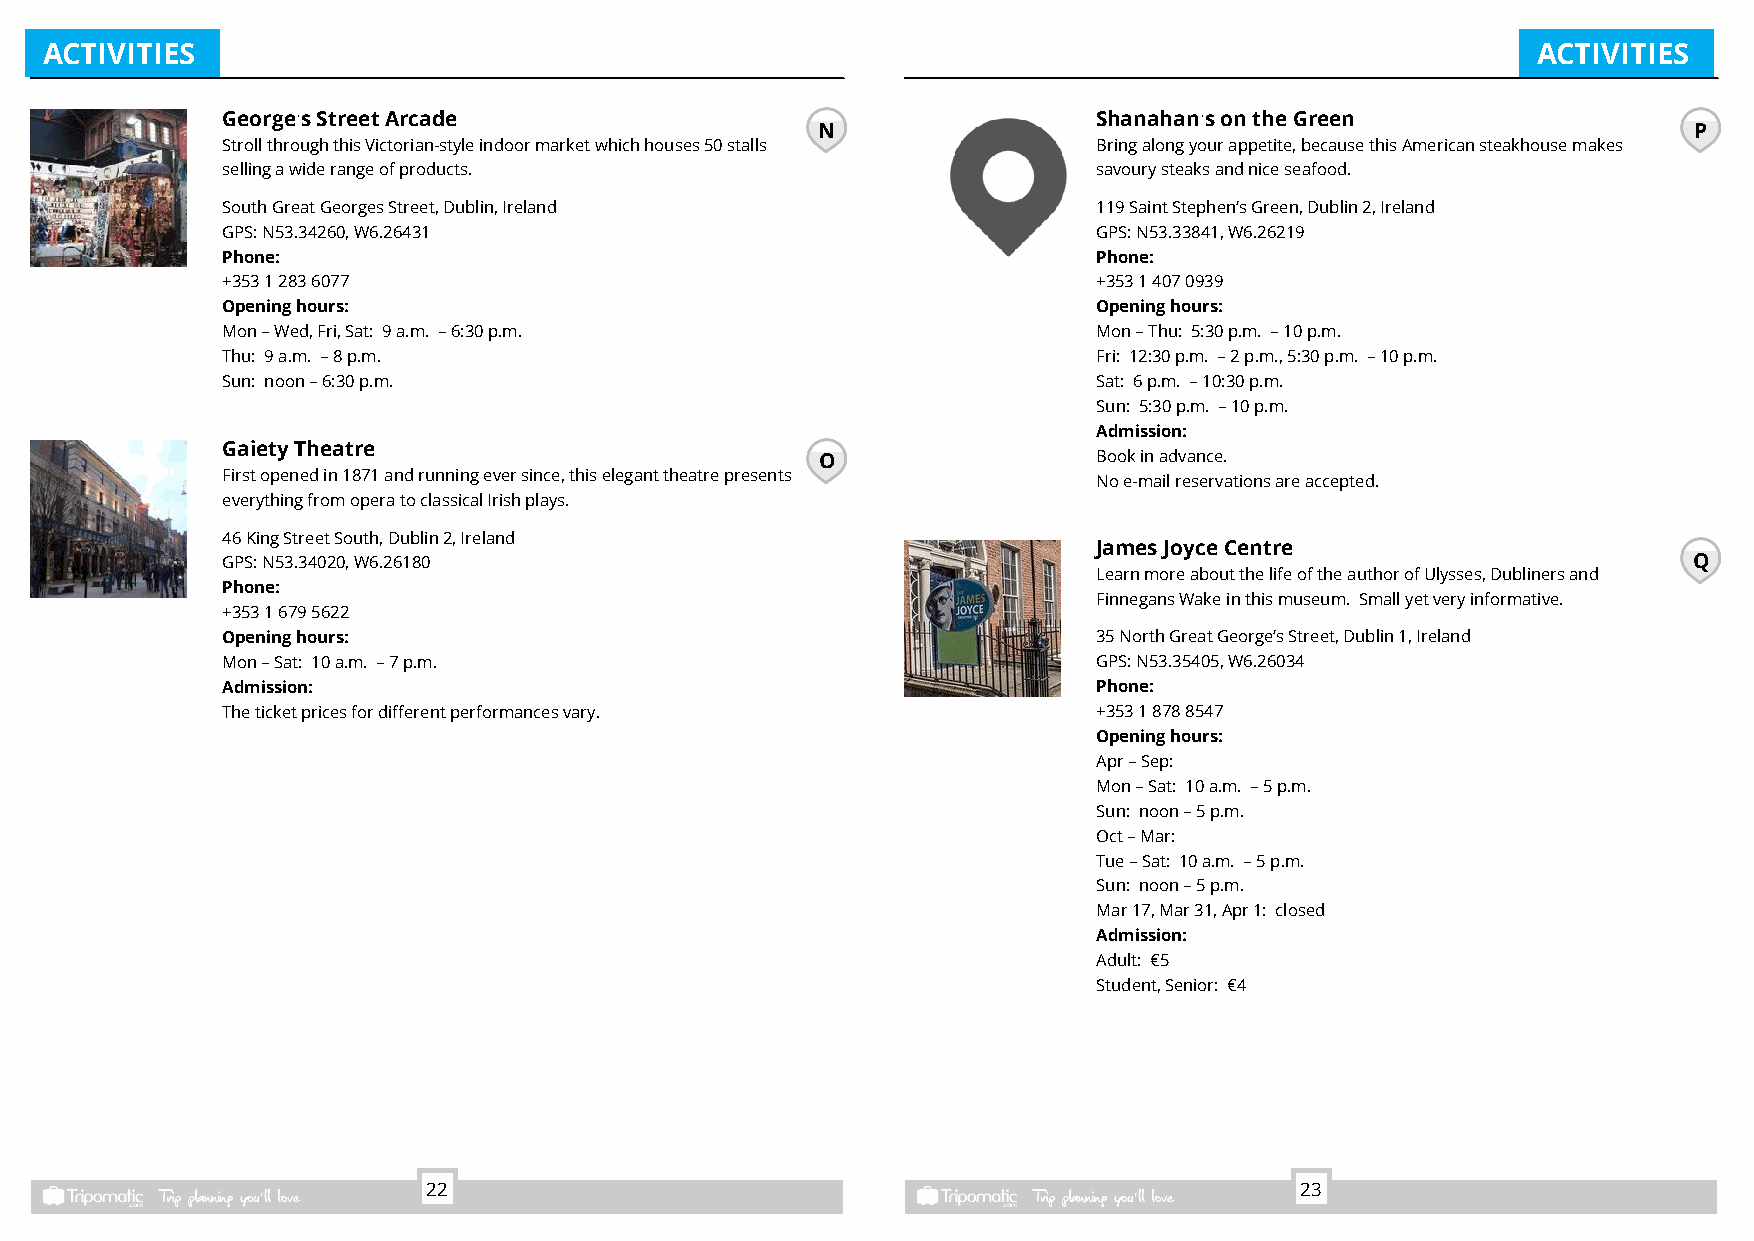
ACTIVITIES                                                                                         ACTIVITIES
 George’sStreetArcade                                      Shanahan’sontheGreen
 N                                                         P
 StrollthroughthisVictorian-styleindoormarketwhichhouses50stalls Bringalongyourappetite,becausethisAmericansteakhousemakes
 sellingawiderangeofproducts.                              savourysteaksandniceseafood.
 SouthGreatGeorgesStreet,Dublin,Ireland                    119SaintStephen'sGreen,Dublin2,Ireland
 GPS:N53.34260,W6.26431                                    GPS:N53.33841,W6.26219
 Phone:                                                    Phone:
 +35312836077                                              +35314070939
 Openinghours:                                             Openinghours:
 Mon–Wed,Fri,Sat: 9a.m. –6:30p.m.                          Mon–Thu: 5:30p.m. –10p.m.
 Thu: 9a.m. –8p.m.                                         Fri: 12:30p.m. –2p.m.,5:30p.m. –10p.m.
 Sun: noon–6:30p.m.                                        Sat: 6p.m. –10:30p.m.
 Sun: 5:30p.m. –10p.m.
 Admission:
 GaietyTheatre
 O                  Bookinadvance.
 Firstopenedin1871andrunningeversince,thiseleganttheatrepresents Noe-mailreservationsareaccepted.
 everythingfromoperatoclassicalIrishplays.
 46KingStreetSouth,Dublin2,Ireland
 JamesJoyceCentre
 GPS:N53.34020,W6.26180                                                                           Q
 LearnmoreaboutthelifeoftheauthorofUlysses,Dublinersand
 Phone:
 FinnegansWakeinthismuseum. Smallyetveryinformative.
 +35316795622
 Openinghours:                                             35NorthGreatGeorge'sStreet,Dublin1,Ireland
 Mon–Sat: 10a.m. –7p.m.                                    GPS:N53.35405,W6.26034
 Admission:                                                Phone:
 Theticketpricesfordifferentperformancesvary.              +35318788547
 Openinghours:
 Apr–Sep:
 Mon–Sat: 10a.m. –5p.m.
 Sun: noon–5p.m.
 Oct–Mar:
 Tue–Sat: 10a.m. –5p.m.
 Sun: noon–5p.m.
 Mar17,Mar31,Apr1: closed
 Admission:
 Adult: €5
 Student,Senior: €4
 22                                                        23